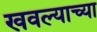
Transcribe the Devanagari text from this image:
खवल्याच्या